Document type: Sale
Year: 1499
Scribe: Joan Martínez de Sòria
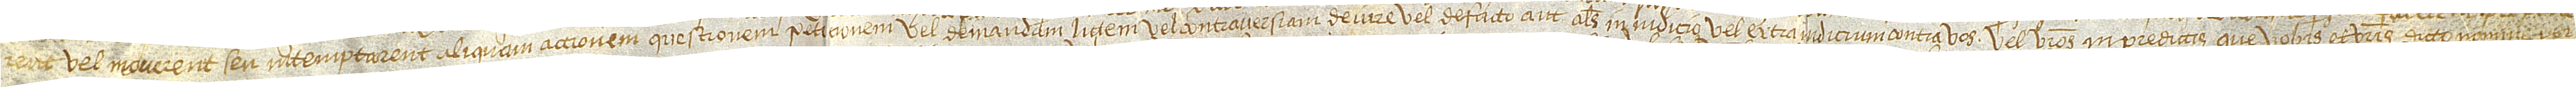
rent vel moverent seu intemptarent aliquam accionem, questionem, peticionem vel demandam, littem vel controversiam, de iure vel de facto, aut alias in iudicio vel extra iudicium, contra vos vel vestros in predictis que vobis et vestris dicto nomine per-